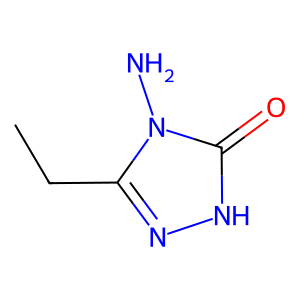
SMILES: CCc1n[nH]c(=O)n1N
Inhibits HIV replication: No